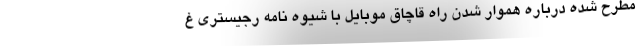
مطرح شده درباره هموار شدن راه قاچاق موبایل با شیوه نامه رجیستری غ